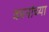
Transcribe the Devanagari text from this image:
कानांच्या